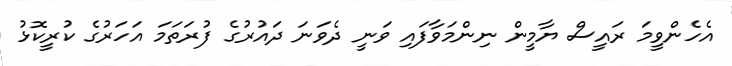
އެެހެންވީމަ ރައީސް ޔާމީން ނިންމަވާފައި ވަނީ ދެވަނަ ދައުރުގެ ފުރަތަމަ އަހަރުގެ ކުރީކޮޅު